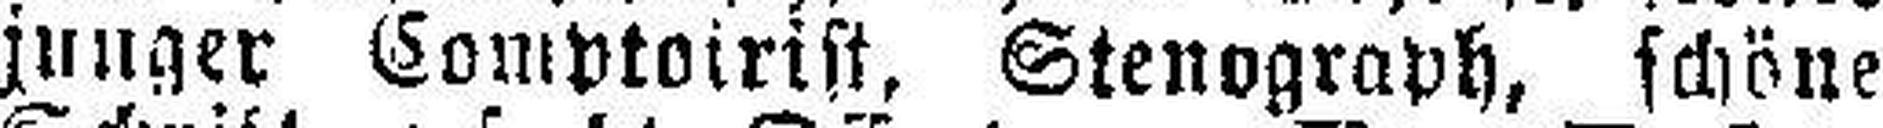
junger Comptoirist, Stenograph, schöne